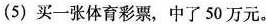
（5)买一张体育彩票，中了50万元。